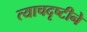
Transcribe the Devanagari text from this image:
त्याचदृष्टीने